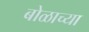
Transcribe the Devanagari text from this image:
बोळाच्या